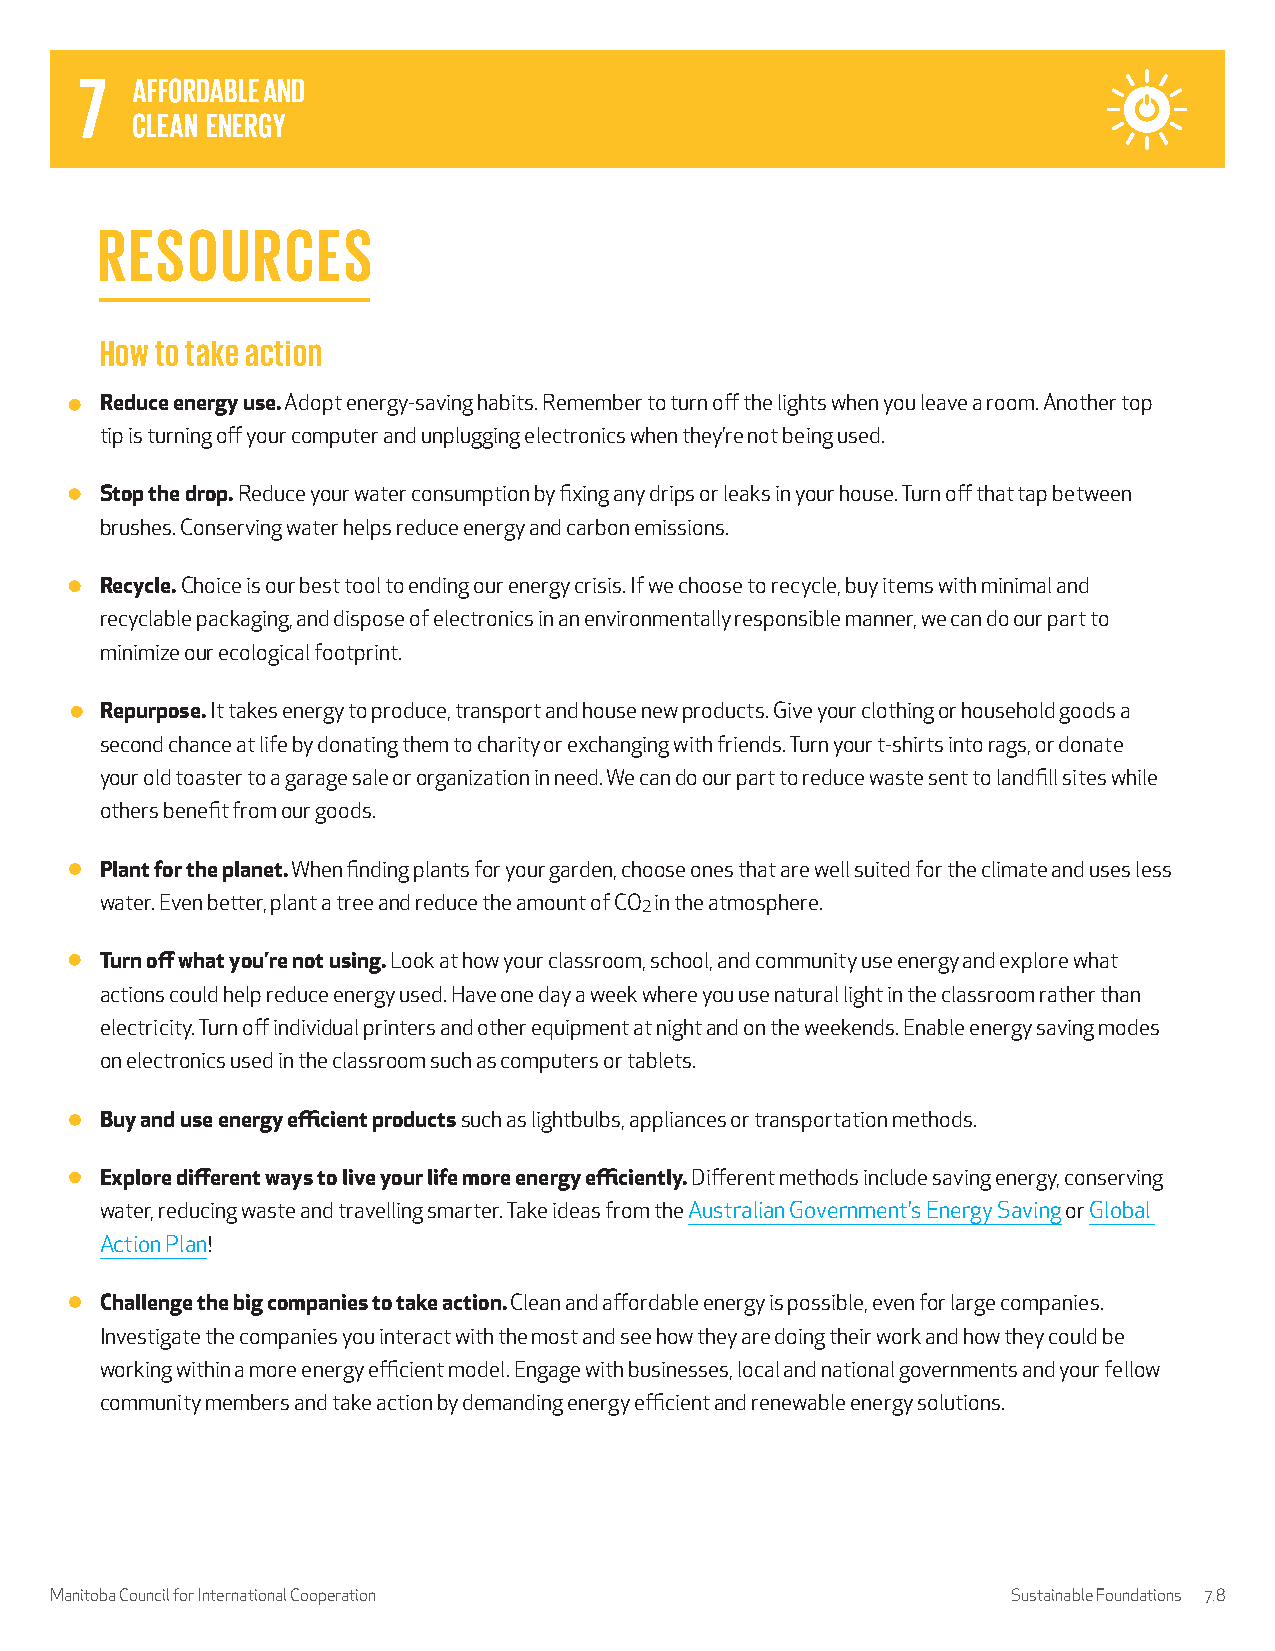
RESOURCES
 How to take action
 Reduce energy use. Adopt energy-saving habits. Remember to turn off the lights when you leave a room. Another top
 tip is turning off your computer and unplugging electronics when they’re not being used.
 Stop the drop. Reduce your water consumption by fixing any drips or leaks in your house. Turn off that tap between
 brushes. Conserving water helps reduce energy and carbon emissions.
 Recycle. Choice is our best tool to ending our energy crisis. If we choose to recycle, buy items with minimal and
 recyclable packaging, and dispose of electronics in an environmentally responsible manner, we can do our part to
 minimize our ecological footprint.
 Repurpose. It takes energy to produce, transport and house new products. Give your clothing or household goods a
 second chance at life by donating them to charity or exchanging with friends. Turn your t-shirts into rags, or donate
 your old toaster to a garage sale or organization in need. We can do our part to reduce waste sent to landfill sites while
 others benefit from our goods.
 Plant for the planet. When finding plants for your garden, choose ones that are well suited for the climate and uses less
 water. Even better, plant a tree and reduce the amount of CO2 in the atmosphere.
 Turn off what you’re not using. Look at how your classroom, school, and community use energy and explore what
 actions could help reduce energy used. Have one day a week where you use natural light in the classroom rather than
 electricity. Turn off individual printers and other equipment at night and on the weekends. Enable energy saving modes
 on electronics used in the classroom such as computers or tablets.
 Buy and use energy efficient products such as lightbulbs, appliances or transportation methods.
 Explore different ways to live your life more energy efficiently. Different methods include saving energy, conserving
 water, reducing waste and travelling smarter. Take ideas from the Australian Government’s Energy Saving or Global
 Action Plan!
 Challenge the big companies to take action. Clean and affordable energy is possible, even for large companies.
 Investigate the companies you interact with the most and see how they are doing their work and how they could be
 working within a more energy efficient model. Engage with businesses, local and national governments and your fellow
 community members and take action by demanding energy efficient and renewable energy solutions.
 Manitoba Council for International Cooperation                  Sustainable Foundations 7.8